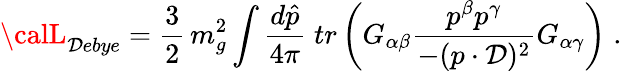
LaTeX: {\calL}_{\mathcal{D}ebye}=\frac{{3}}{{2}}\, m_{g}^{2}\int\frac{{d\hat{{p}}}}{{4\pi}}\; tr\left(G_{\alpha\beta}\frac{{p^{\beta}p^{\gamma}}}{{-(p\cdot\mathcal{D})^{2}}}G_{\alpha\gamma}\right)\; .